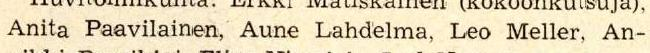
Anita Paavilainen, Aune Lahdelma, Leo Meller, An-